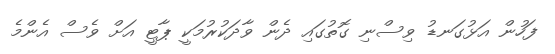
ފަހުން އަޅުގަނޑު ވިސްނި ގޮތުގައި ދެން ވާދަކުރުމަކީ ޕާޓީ އަށް ވެސް އެންމެ